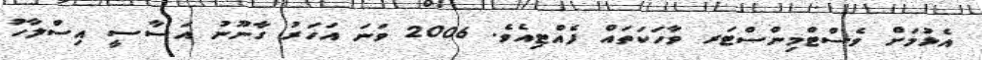
އެޅުމަށް ވެސްޓްމިންސްޓަރ ވާހަކަތައް ފެއްޓިއެވެ. 2006 ވަނަ އަހަރު ގާނޫނު އަސާސީ އިސްލާހު